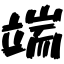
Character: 端